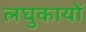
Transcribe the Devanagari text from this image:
लघुकायों